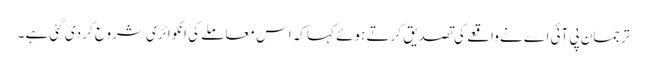
ترجمان پی آئی اے نے واقعے کی تصدیق کرتے ہوئے کہا کہ اس معاملے کی انکوائری شروع کر دی گئی ہے ۔